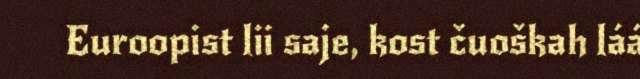
Euroopist lii saje, kost čuoškah láá